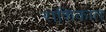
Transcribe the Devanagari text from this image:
राशिकात